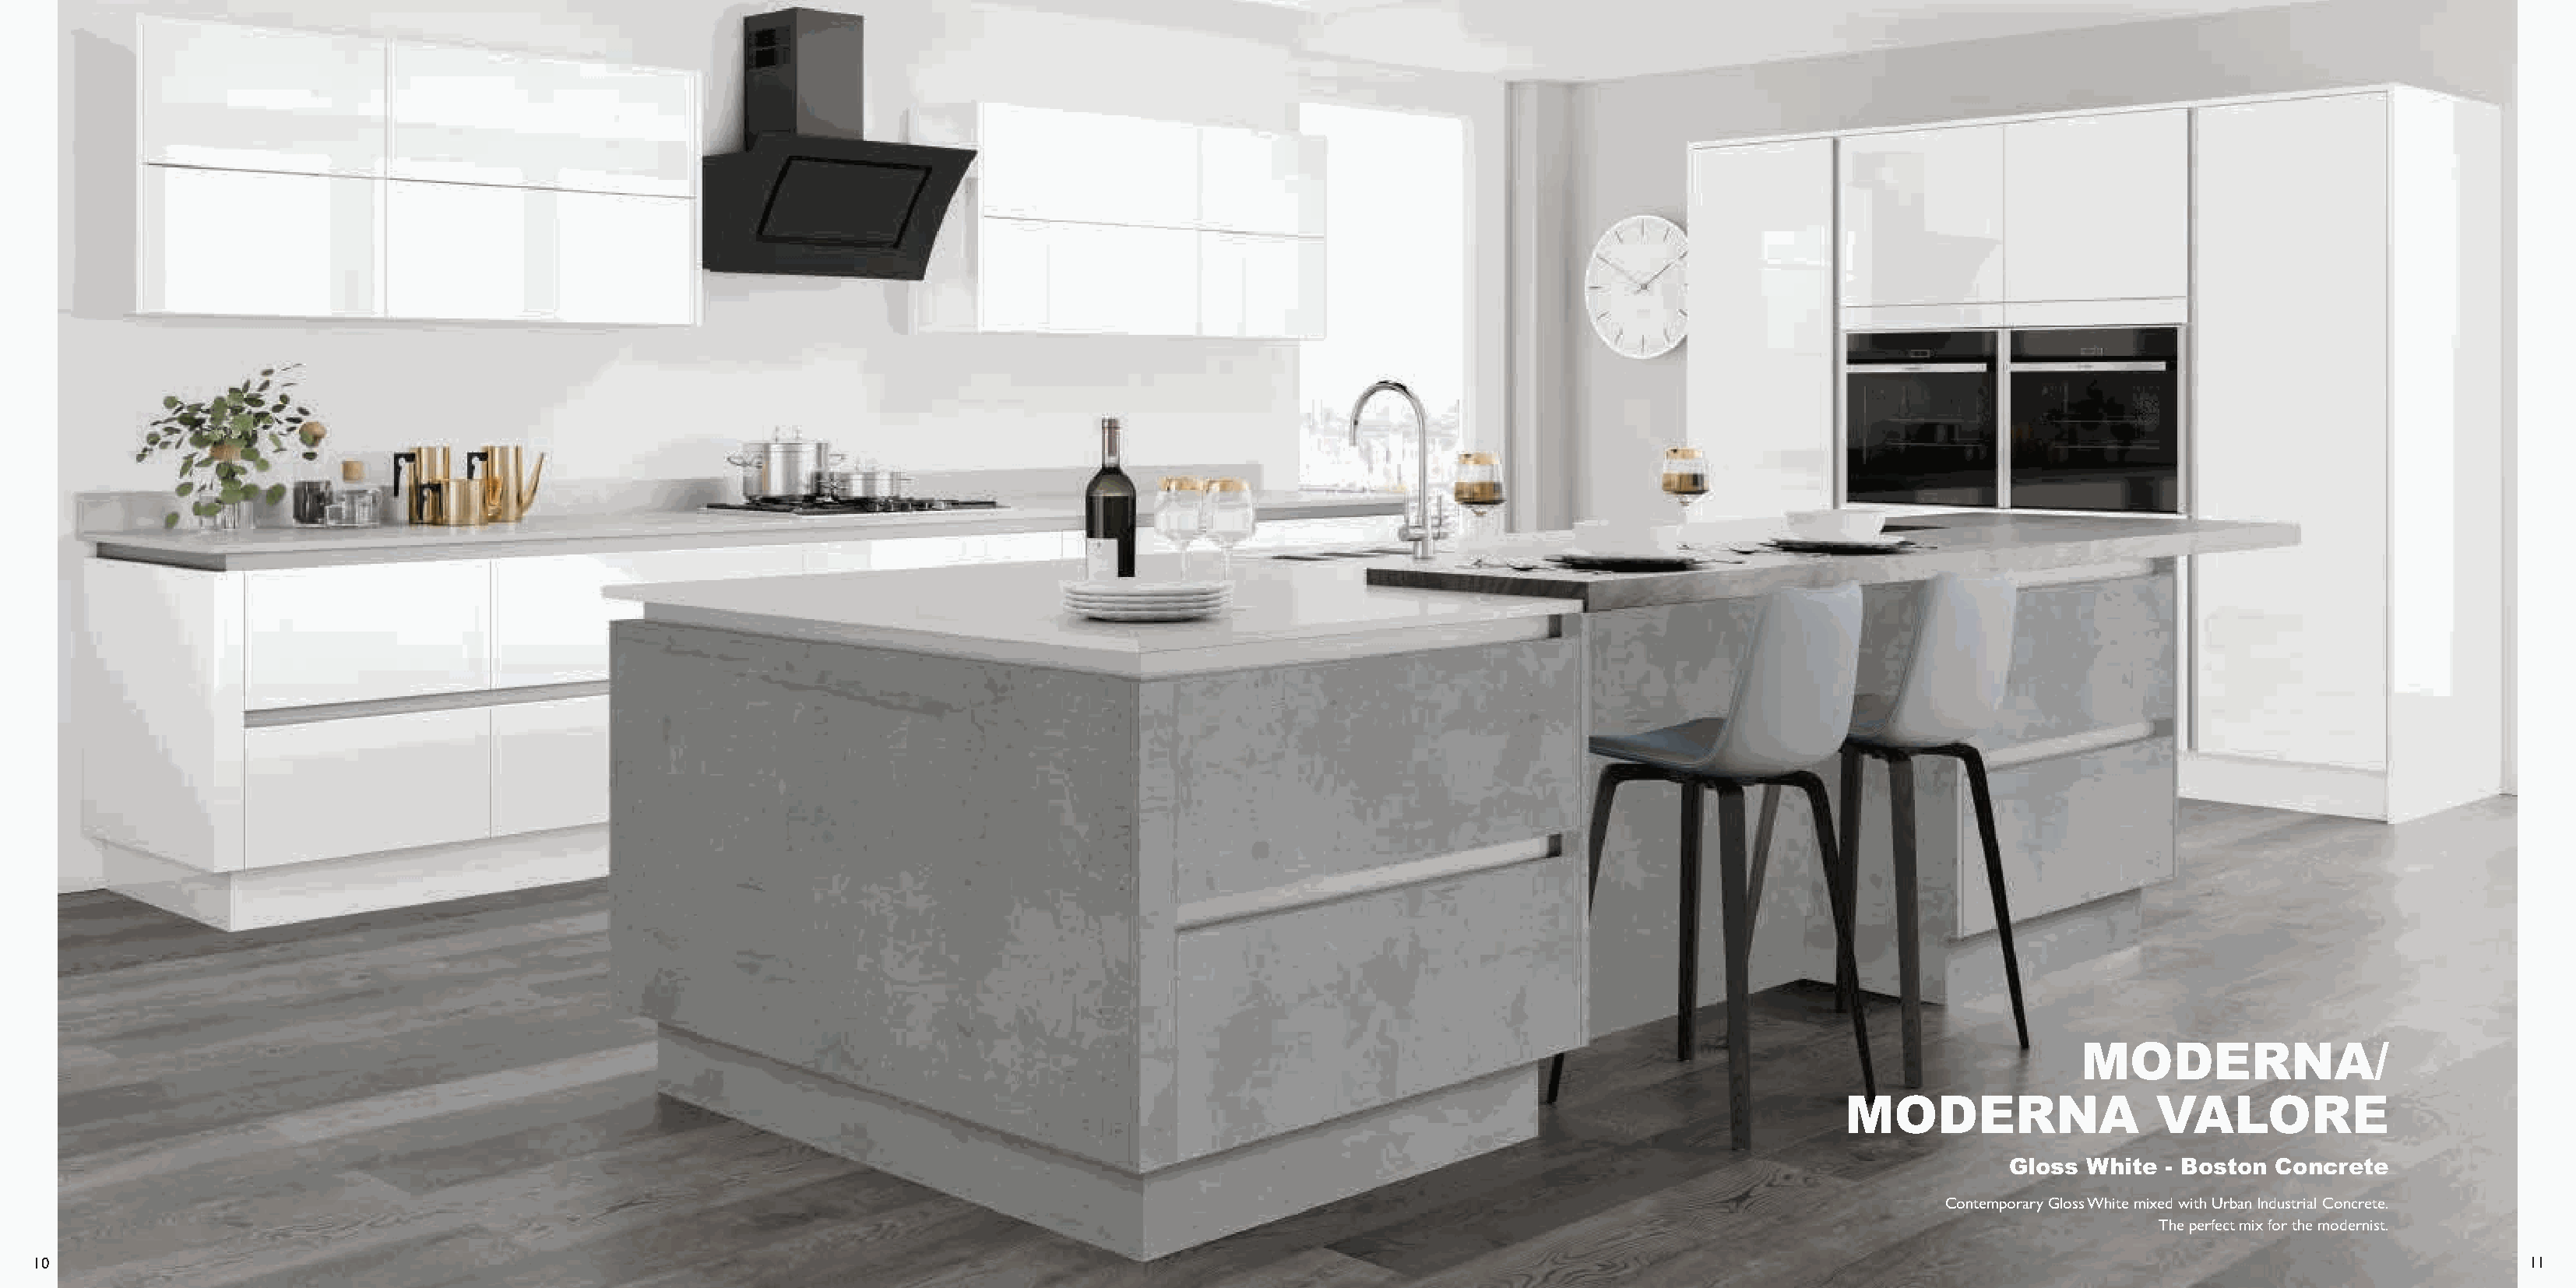
MODERNA/
 MODERNA                   VALORE
 Gloss White  - Boston Concrete
 Contemporary Gloss White mixed with Urban Industrial Concrete.
 The perfect mix for the modernist.
 10                                                                                                                                                                                                                  11